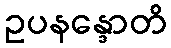
ဥပနန္ဒောတိ